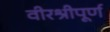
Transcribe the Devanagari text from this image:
वीरश्रीपूर्ण